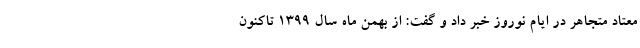
معتاد متجاهر در ایام نوروز خبر داد و گفت: از بهمن ماه سال ۱۳۹۹ تاکنون